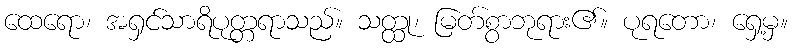
ထေရော၊ အရှင်သာရိပုတ္တရာသည်။ သတ္ထု၊ မြတ်စွာဘုရား၏။ ပုရတော၊ ရှေ့မှ။